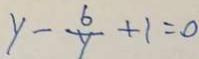
y - \frac { 6 } { y } + 1 = 0